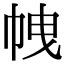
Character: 𢂝